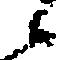
候